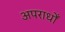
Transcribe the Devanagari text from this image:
अपराधोँ